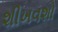
શીખવશો